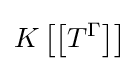
K\left[\left[T^{\Gamma }\right]\right]